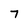
Character: 7